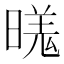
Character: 𬁍